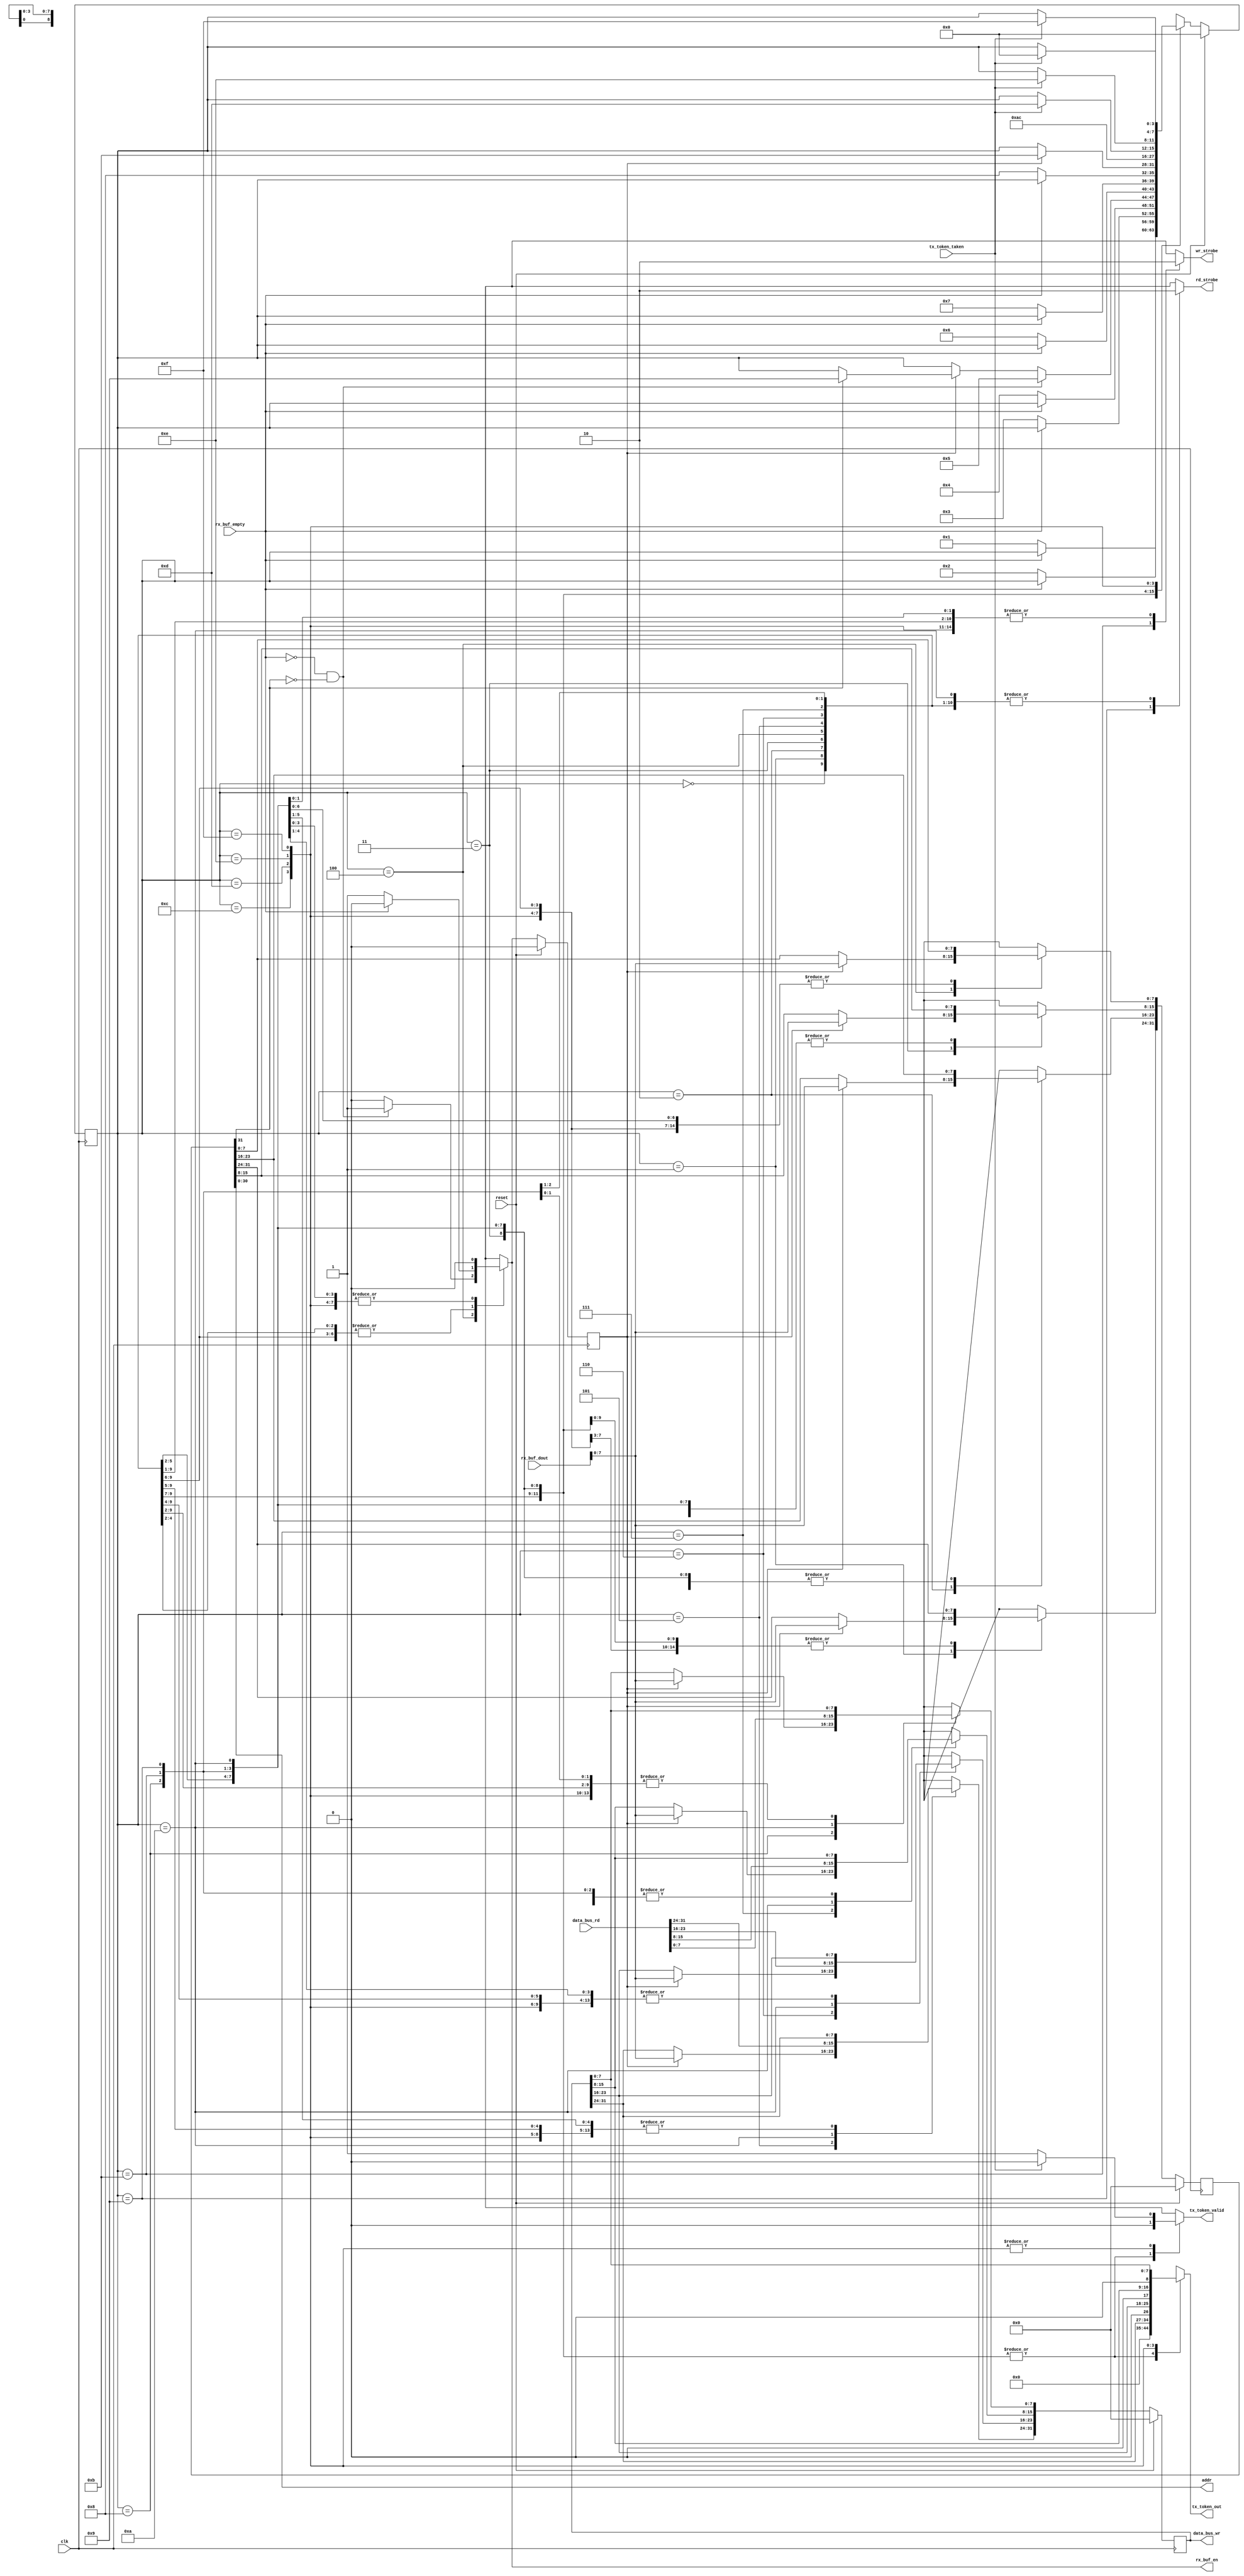
module SimpleLinkDataProcessor (
    clk,
    reset,

    rx_buf_dout,
    rx_buf_en,
    rx_buf_empty,


    tx_token_out,
    tx_token_valid,
    tx_token_taken,

    addr,
    
    data_bus_wr,
    data_bus_rd,

    wr_strobe,
    rd_strobe
    );

    input clk, reset;

    
    /* Internal bus */
    output wr_strobe;
    reg wr_strobe;

    output rd_strobe;
    reg rd_strobe;

    output [30:0] addr;
    output [31:0] data_bus_wr;
    input [31:0] data_bus_rd;

    /* XLINK Fifos */
    input [8:0] rx_buf_dout;
    input rx_buf_empty;
    output rx_buf_en;
    reg rx_buf_en;

    output [8:0] tx_token_out;
    reg [8:0] tx_token_out;
    output tx_token_valid;
    reg tx_token_valid;
    input tx_token_taken;


    /* Statemachine */
    reg store_sm; // Next cycle store

    reg [3:0] s;
    reg [3:0] s_n;

    `define IDLE        0
    
    `define RX_ADDR_0   1
    `define RX_ADDR_1   2
    `define RX_ADDR_2   3
    `define RX_ADDR_3   4

    `define RX_VALUE_0  5
    `define RX_VALUE_1  6
    `define RX_VALUE_2  7
    `define RX_VALUE_3  8

    `define DO_READ     9
    `define CAPTURE_D   10

    `define DO_WRITE    11

    `define TX_VALUE_0  12
    `define TX_VALUE_1  13
    `define TX_VALUE_2  14
    `define TX_VALUE_3  15


    reg [31:0] addr_in;
    reg [31:0] addr_in_n;
    assign addr = addr_in[30:0];
    wire nW_R = addr_in[31];

    reg [31:0] value;
    assign data_bus_wr = value;
    
    reg [31:0] value_n;


    always @(posedge clk)
    begin
        if  (reset)
        begin
            s <= `IDLE;
            addr_in <= 0;
            value <= 0;
            store_sm <= 0;
        end
        else
        begin
            s <= s_n;
            addr_in <= addr_in_n;
            value <= value_n;
            store_sm <= rx_buf_en;
        end
    end


    always @(*)
    begin
        addr_in_n = addr_in;
        value_n = value;

        /* FIFO signals */
        rx_buf_en = 0;
        tx_token_out = 0;
        tx_token_valid = 0;

        /* Address bus signals */
        rd_strobe = 0;
        wr_strobe = 0;

        s_n = s;

        case (s)
            `IDLE: begin
                if (!rx_buf_empty) begin
                    s_n = `RX_ADDR_0;
                    rx_buf_en = 1;
                end
            end

            /************** Address Reception ***************/
            `RX_ADDR_0: begin
                if (store_sm)
                    addr_in_n[31:24] = rx_buf_dout;
                
                if (!rx_buf_empty) begin
                    s_n = `RX_ADDR_1;
                    rx_buf_en = 1;
                end
            end


            `RX_ADDR_1: begin
                if (store_sm)
                    addr_in_n[23:16] = rx_buf_dout;
                
                if (!rx_buf_empty) begin
                    s_n = `RX_ADDR_2;
                    rx_buf_en = 1;
                end
            end

            `RX_ADDR_2: begin
                if (store_sm)
                    addr_in_n[15:8] = rx_buf_dout;
                
                if (!rx_buf_empty) begin
                    s_n = `RX_ADDR_3;
                    rx_buf_en = 1;
                end
            end
             
            `RX_ADDR_3: begin
                // If we setup the address do the write
                if (store_sm) begin
                    addr_in_n[7:0] = rx_buf_dout;

                    if (nW_R)
                        s_n = `DO_READ;
                end


                if (!rx_buf_empty && !nW_R) begin
                    s_n = `RX_VALUE_0;
                    rx_buf_en = 1;
                end
            end

            /***************************** VALUE [if needed] RECEPTION ******/
            `RX_VALUE_0: begin
                if (store_sm)
                    value_n[31:24] = rx_buf_dout;
                
                if (!rx_buf_empty) begin
                    s_n = `RX_VALUE_1;
                    rx_buf_en = 1;
                end
            end


            `RX_VALUE_1: begin
                if (store_sm)
                    value_n[23:16] = rx_buf_dout;
                
                if (!rx_buf_empty) begin
                    s_n = `RX_VALUE_2;
                    rx_buf_en = 1;
                end
            end

            `RX_VALUE_2: begin
                if (store_sm)
                    value_n[15:8] = rx_buf_dout;
                
                if (!rx_buf_empty) begin
                    s_n = `RX_VALUE_3;
                    rx_buf_en = 1;
                end
            end
             
            `RX_VALUE_3: begin
                if (store_sm) begin
                    value_n[7:0] = rx_buf_dout;
                    s_n = `DO_WRITE;
                end
            end

            /****** WRITE LOGIC *************/
            `DO_WRITE: begin
                wr_strobe = 1;
                s_n = `IDLE;
            end

            /****** READ LOGIC **************/

            `DO_READ: begin
                rd_strobe = 1;
                s_n = `CAPTURE_D;
            end

            `CAPTURE_D: begin
                value_n = data_bus_rd;
                s_n = `TX_VALUE_0;
            end

            `TX_VALUE_0: begin
                tx_token_valid = 1;
                tx_token_out = value[31:24];

                if (tx_token_taken) begin
                    tx_token_valid = 0;
                    s_n = `TX_VALUE_1;
                end
            end

            `TX_VALUE_1: begin
                tx_token_valid = 1;
                tx_token_out = value[23:16];

                if (tx_token_taken) begin
                    tx_token_valid = 0;
                    s_n = `TX_VALUE_2;
                end
            end

            `TX_VALUE_2: begin
                tx_token_valid = 1;
                tx_token_out = value[15:8];

                if (tx_token_taken) begin
                    tx_token_valid = 0;
                    s_n = `TX_VALUE_3;
                end
            end

            `TX_VALUE_3: begin
                tx_token_valid = 1;
                tx_token_out = value[7:0];

                if (tx_token_taken) begin
                    tx_token_valid = 0;
                    s_n = `IDLE;
                end
            end


                
        endcase

    end

endmodule